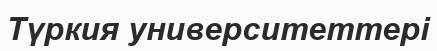
Түркия университеттері